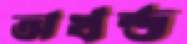
অখন্ড